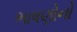
ભાષણોનો